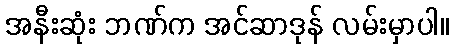
အနီးဆုံး ဘဏ်က အင်ဆာဒုန် လမ်းမှာပါ။